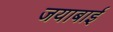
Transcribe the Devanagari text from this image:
जयाबाई